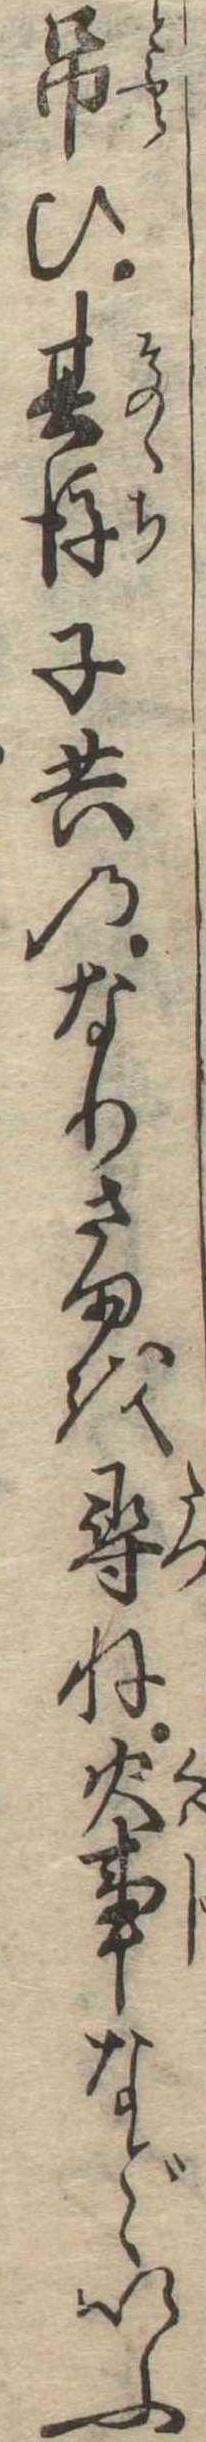
吊ひ其後子共のなりさまを尋ね火事などゝいふ